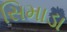
સિમાડા